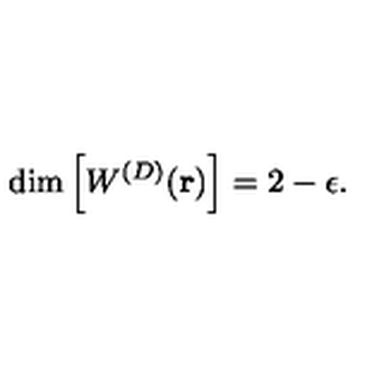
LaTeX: \mathrm { d i m } \left[ W ^ { ( { D } ) } ( { \bf r } ) \right] = 2 - \epsilon .